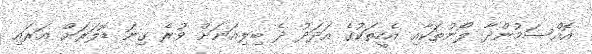
އޮއްސަމުންދާ ލޯނުތަކާއި އެހީތަކުގެ އަދަދު ދެ ބިލިއަނަށް ވުރެ ގިނަ ޑޮލަރަށް އަރައި